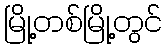
မြို့တစ်မြို့တွင်